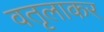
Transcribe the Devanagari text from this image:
वतृलाकर